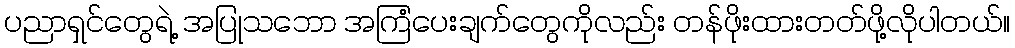
ပညာရှင်တွေရဲ့ အပြုသဘော အကြံပေးချက်တွေကိုလည်း တန်ဖိုးထားတတ်ဖို့လိုပါတယ်။